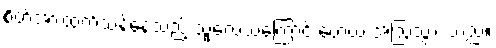
စိတ်အားထက်သန်နေသည့် သူ့လေသံကြောင့် ဟေယံ အံ့ဩသွား သည်။